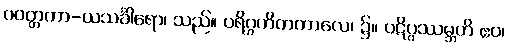
ပဝတ္တကာ-ယသင်္ခါရော၊ သည်။ ပရိဂ္ဂဟိတကာလေ၊ ၌။ ပဋိပ္ပဿမ္ဘတိ ဧဝ၊